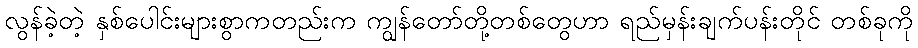
လွန်ခဲ့တဲ့ နှစ်ပေါင်းများစွာကတည်းက ကျွန်တော်တို့တစ်တွေဟာ ရည်မှန်းချက်ပန်းတိုင် တစ်ခုကို